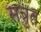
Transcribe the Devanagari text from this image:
सत्रुत